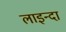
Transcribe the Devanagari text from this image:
लाइन्दा